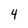
Character: 4